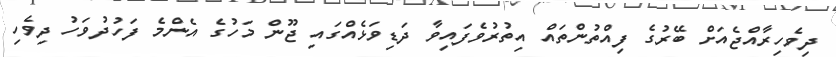
ދިވެހިރާއްޖެއަށް ބޭރުގެ ފިއްތުންތައް އިތުރުވެފައިވާ ދަޑިވަޅެއްގައި ޖޫން މަހުގެ އެންމެ ފަހުދުވަހު ދިވެހި